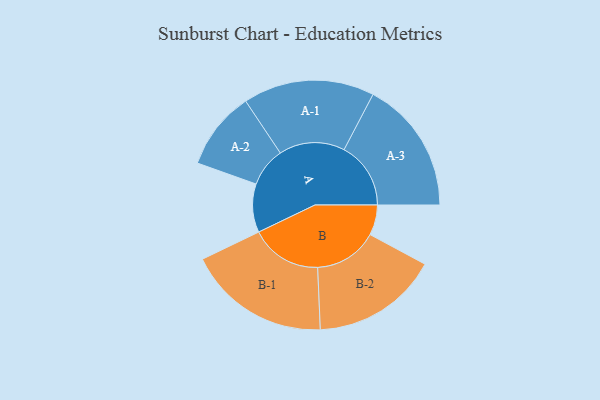
{"axis": {"x": "Segment", "y": "Value"}, "legend": ["", "A", "B"], "data": [{"x": "A", "y": 194, "type": ""}, {"x": "B", "y": 121, "type": ""}, {"x": "A-1", "y": 263, "type": "A"}, {"x": "A-2", "y": 157, "type": "A"}, {"x": "A-3", "y": 267, "type": "A"}, {"x": "B-1", "y": 286, "type": "B"}, {"x": "B-2", "y": 254, "type": "B"}]}